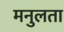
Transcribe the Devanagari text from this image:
मनुलता